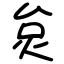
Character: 炱